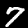
Digit: 7